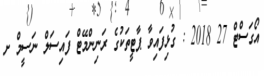
އޯގަސްޓް 27 2018 : ގުޅިފައިވާ ޕާޓީތަކުގެ ރަނިންްމޭޓް ފައިސަލް ނަސީމް ށ